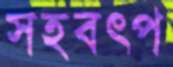
সহবৎপ